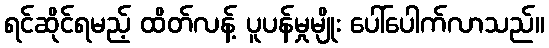
ရင်ဆိုင်ရမည့် ထိတ်လန့် ပူပန်မှုမျိုး ပေါ်ပေါက်လာသည်။